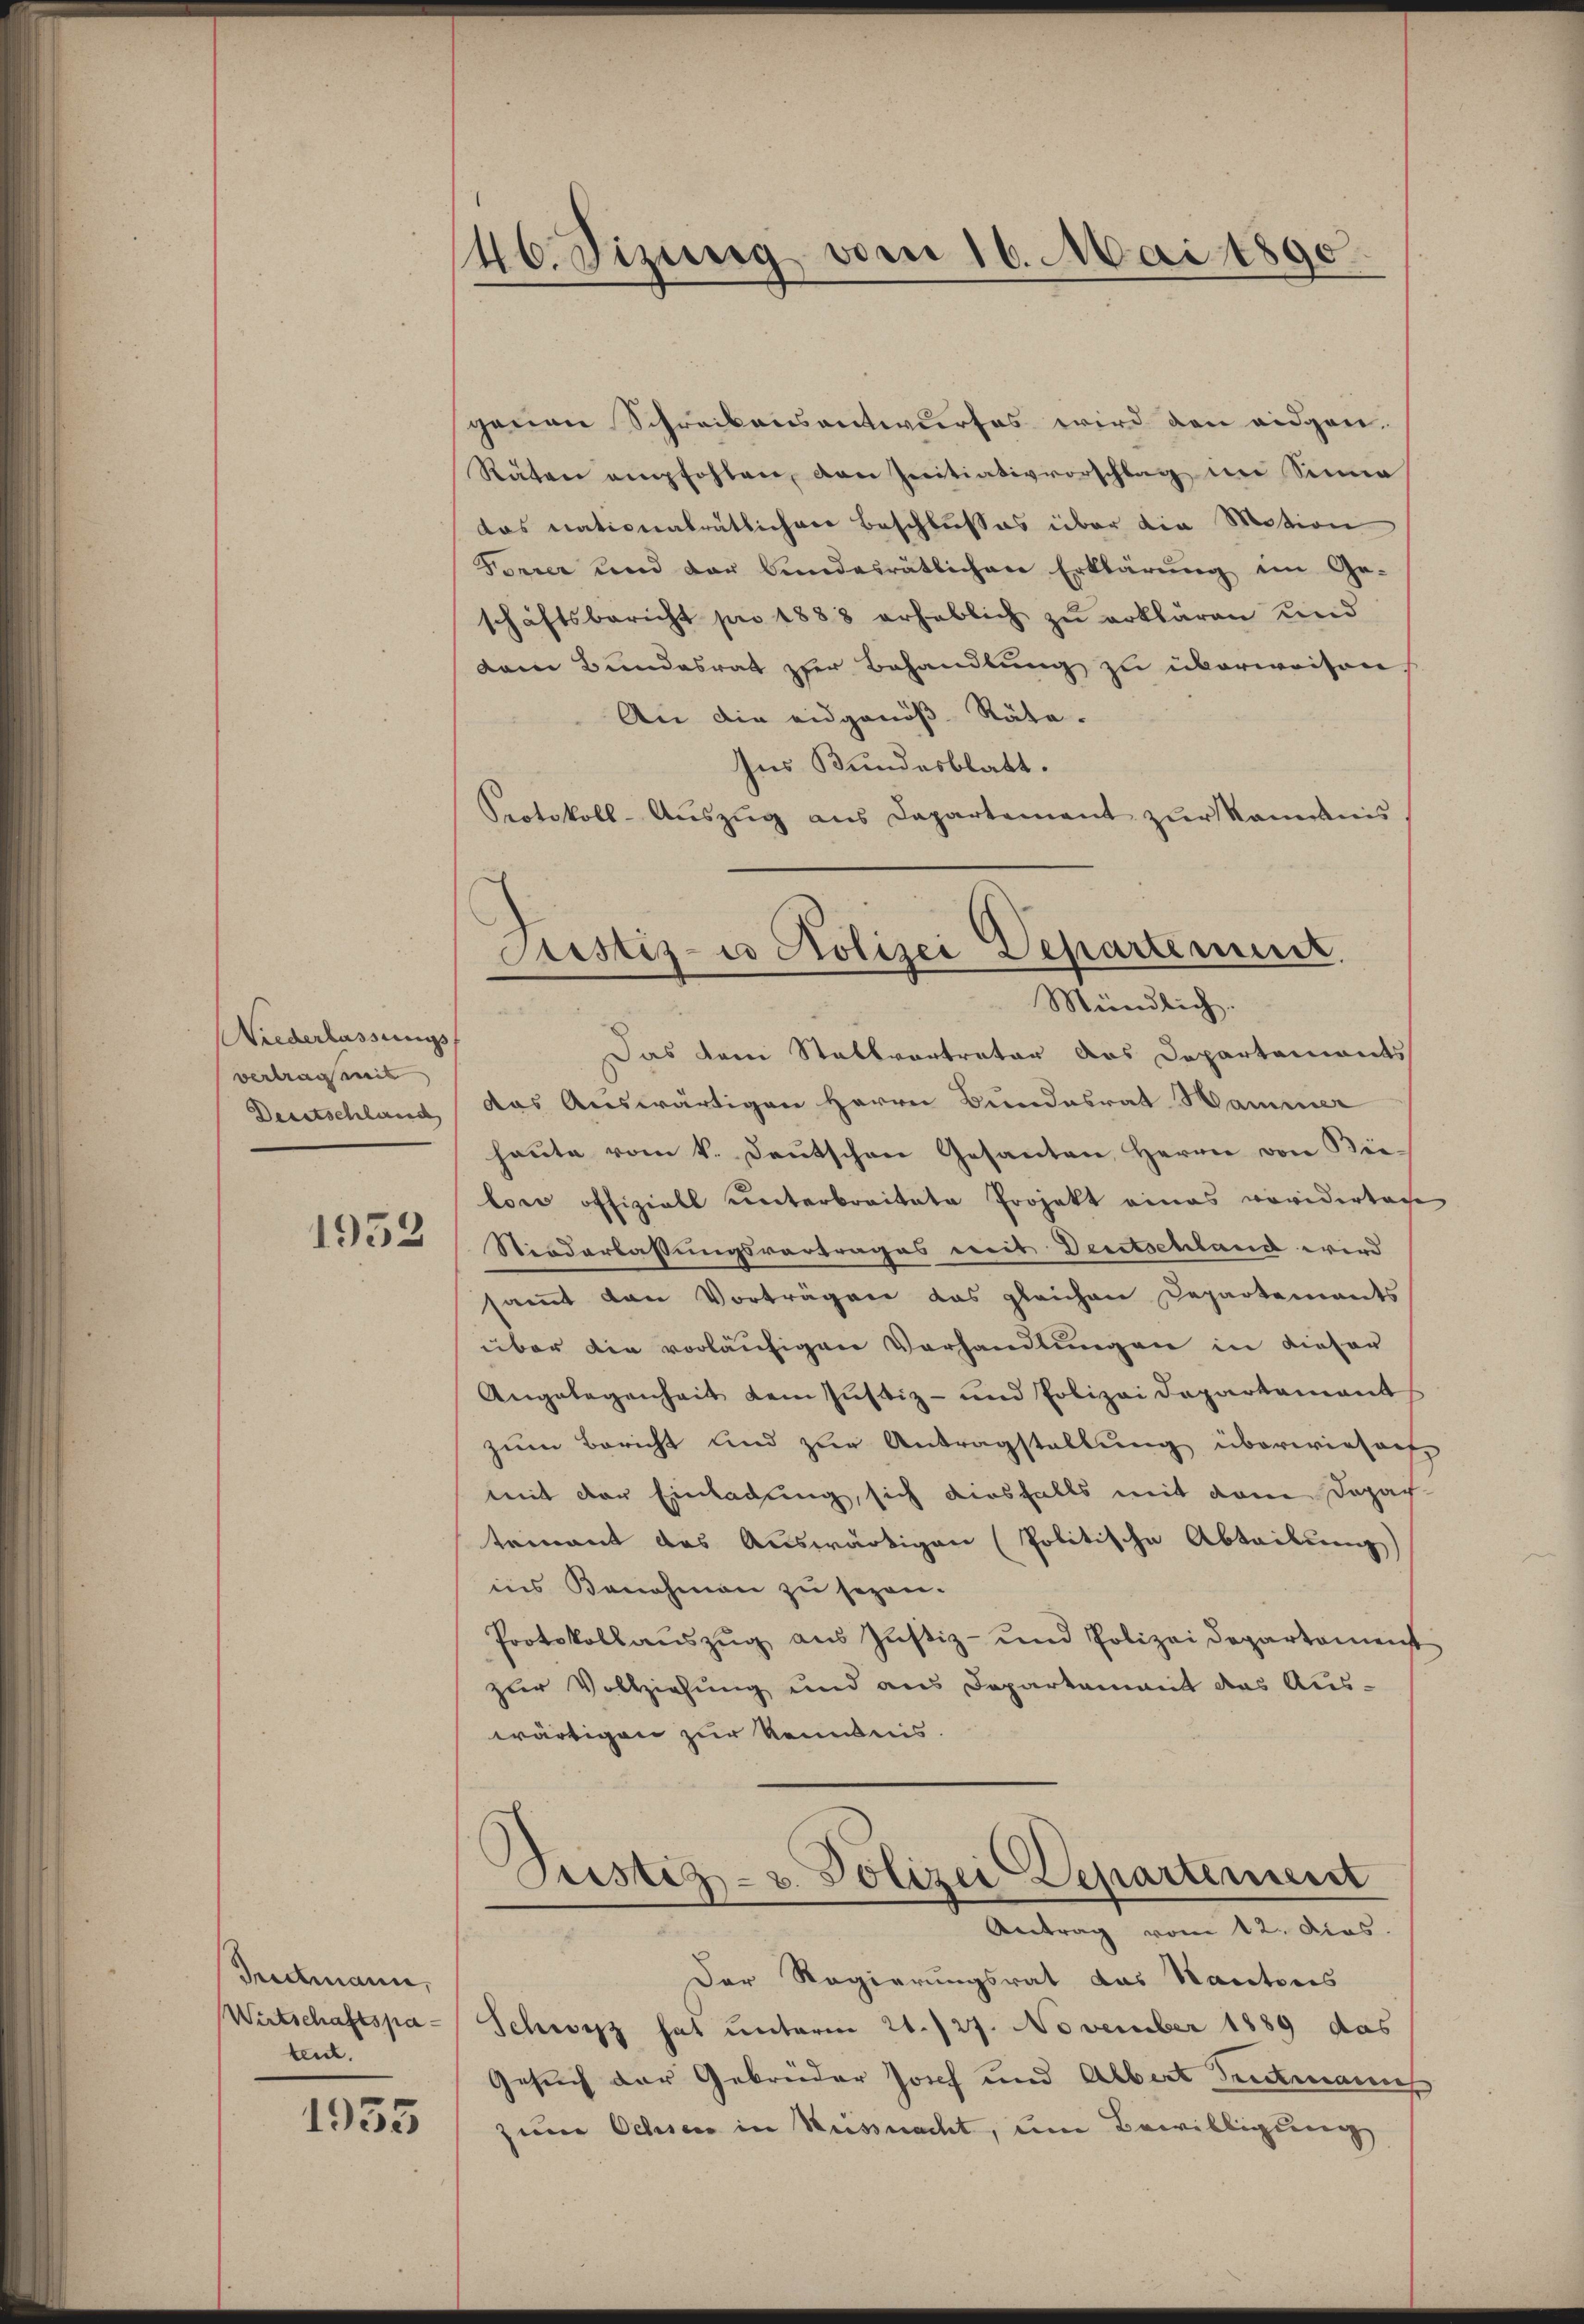
Niederlassungs
vertrag mit
Deutschlauch

1952

Gudtmann,
Wirtschaftspatent.

1935

46. Dizung von 16. Mai 1890

genen Schreibensantwurfes wird den eidgen.
Räten empfohlen, von seitiativvorschlag im Sinne
das nationalrätlichen Beschlusses über die Motion
Forrer und der bundesrätlichen Erklärung im Ge-
schäftsbericht pro 1888 erheblich zŭ erklären und
dem Bundesrat zur Behandlung zu überweisen
An die eidgenöß-Räte.
Ins Bundesblatt.
Protokoll-Aŭszŭg aŭs Departement zŭr Kaminis.
Das dem Stallvertreter das Departements
das Auswärtigen Herrn Bundesrat Hammer
haute vom k. Deutschen Gesanten Herrn von Bie-
lois offiziell unterbreitete Projekt eines voridertage
Niederlassungsvortrages weit Deutschland wird
samt den Vorträgen das gleichen Departements
über die vorläufigen Verhandlungen in dieser
Angelegenheit dem Justiz- und Polizei Departement
zum Bericht und zur Antragstellung überwiesach
mit der Einladung, sich diesfalls mit dem Dopach-
teinant das Auswärtigen (Politische Abteilung
ins Benehmen zu sezen.
Protokollaŭszŭg aŭs Jŭstiz- und Polizeidepartament
zur Vollziehung und aus Departement das Aus-
wärtigen zur Kenntnis.
Justiz- u. Polizei Departement

Pustiz- u Polizei Departement.
Mündlich.

Antrag vom 12. Dies

Der Regierungsrat das Kantons
Schweiz hat unterm 21./27. November 1889 das
Gesuch der Gebrüder Josef und Albert denkmanneh
zum Ochsen in Küssnacht, um Bewilligung